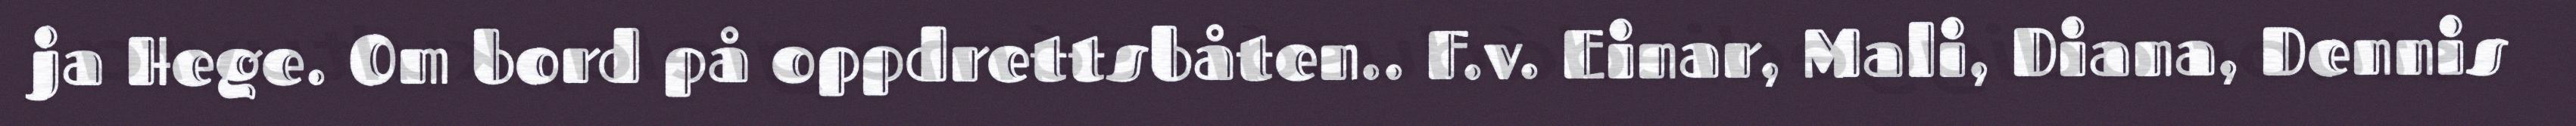
ja Hege. Om bord på oppdrettsbåten.. F.v. Einar, Mali, Diana, Dennis